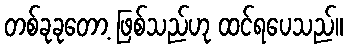
တစ်ခုခုတော့ ဖြစ်သည်ဟု ထင်ရပေသည်။